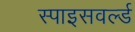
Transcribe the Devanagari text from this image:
स्पाइसवर्ल्ड